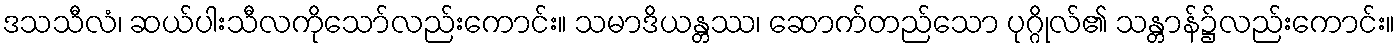
ဒသသီလံ၊ ဆယ်ပါးသီလကိုသော်လည်းကောင်း။ သမာဒိယန္တဿ၊ ဆောက်တည်သော ပုဂ္ဂိုလ်၏ သန္တာန်၌လည်းကောင်း။